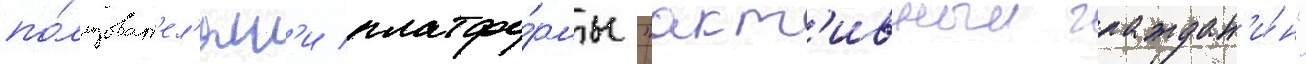
по́льзоват'ел'ям'и платфо́рмы "акт'ивныи граждан'и́н"